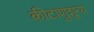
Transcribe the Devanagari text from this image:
कीटाणुशून्य